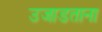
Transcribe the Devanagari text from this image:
उजाडताना